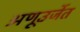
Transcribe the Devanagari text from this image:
अणूउर्जेत